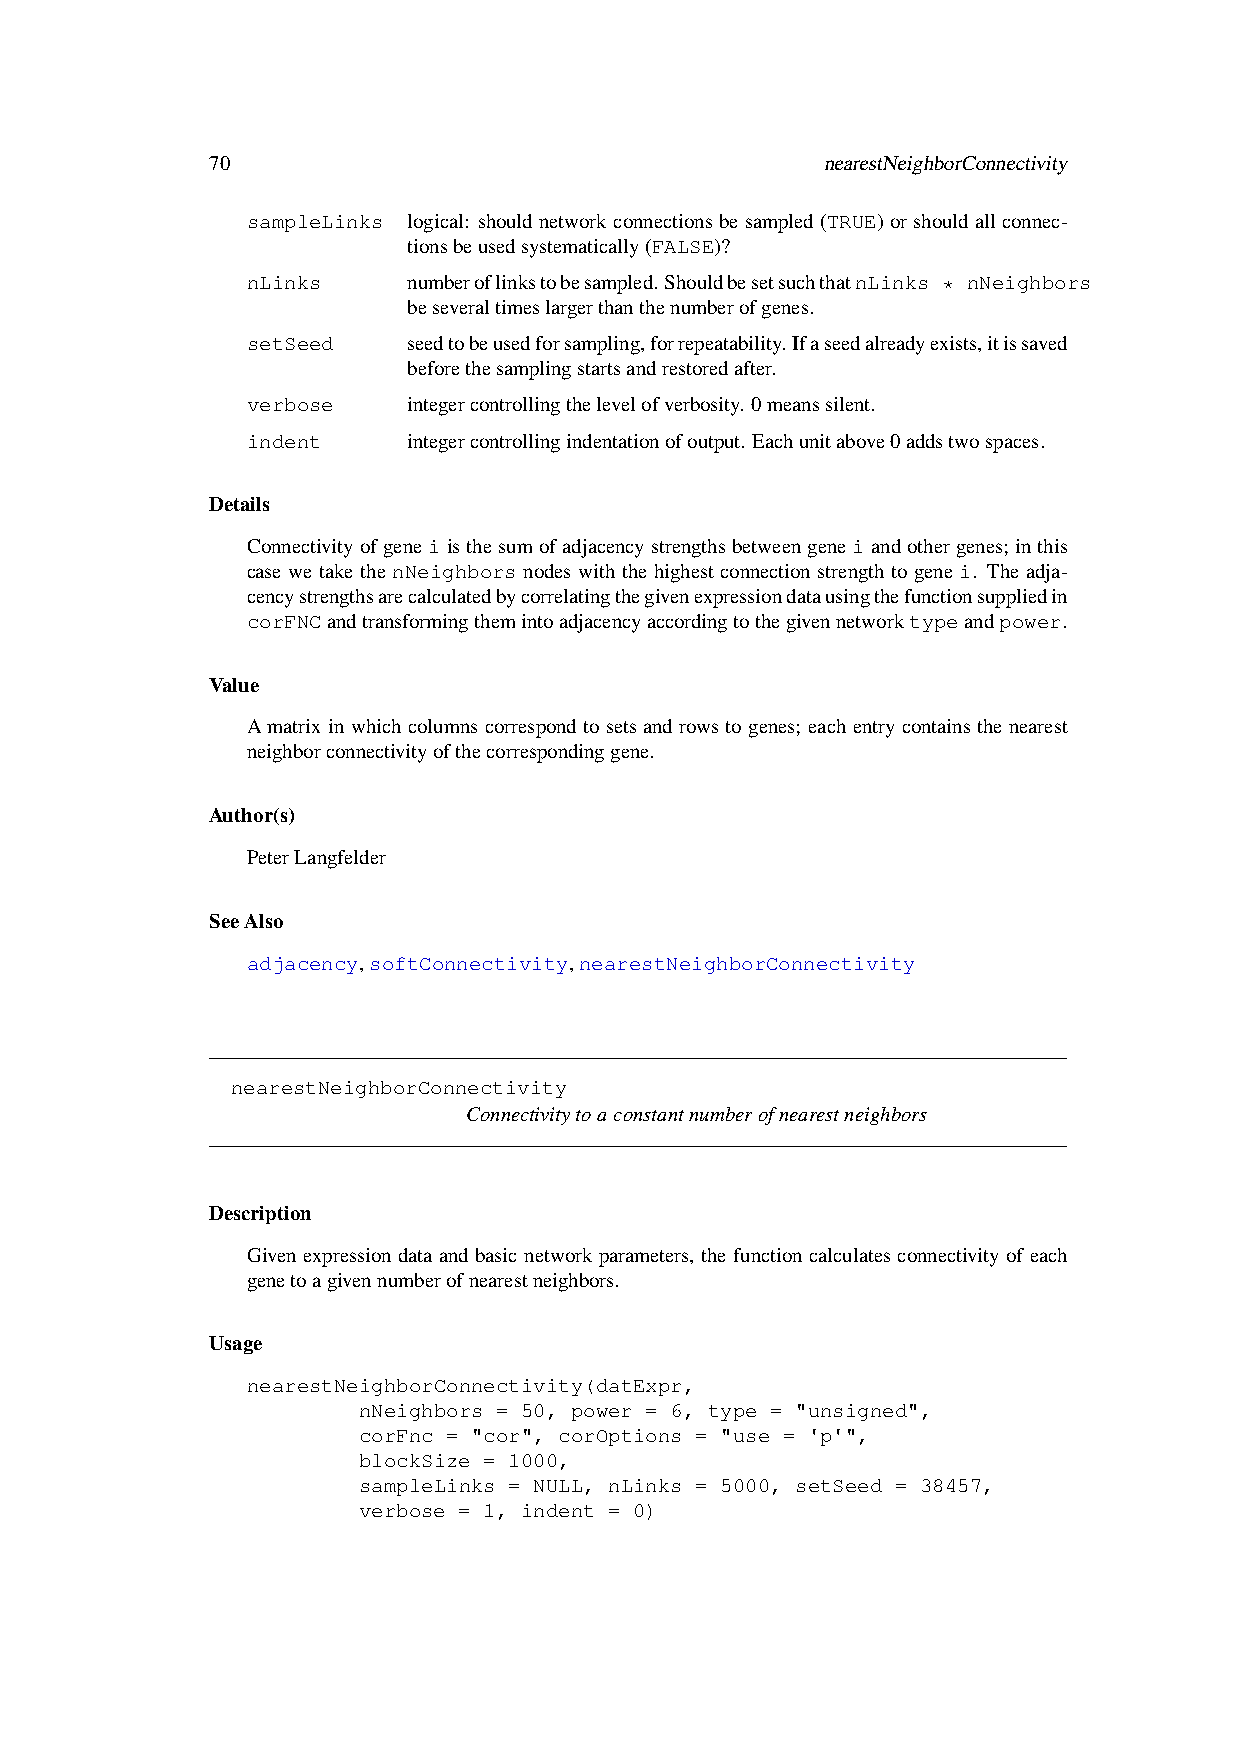
70                                      nearestNeighborConnectivity
 sampleLinks logical: shouldnetworkconnectionsbesampled(TRUE)orshouldallconnec-
 tionsbeusedsystematically(FALSE)?
 nLinks     numberoflinkstobesampled.ShouldbesetsuchthatnLinks * nNeighbors
 beseveraltimeslargerthanthenumberofgenes.
 setSeed    seedtobeusedforsampling,forrepeatability.Ifaseedalreadyexists,itissaved
 beforethesamplingstartsandrestoredafter.
 verbose    integercontrollingthelevelofverbosity. 0meanssilent.
 indent     integercontrollingindentationofoutput. Eachunitabove0addstwospaces.
 Details
 Connectivityofgeneiisthesumofadjacencystrengthsbetweengeneiandothergenes; inthis
 case we take the nNeighbors nodes with the highest connection strength to gene i. The adja-
 cencystrengthsarecalculatedbycorrelatingthegivenexpressiondatausingthefunctionsuppliedin
 corFNCandtransformingthemintoadjacencyaccordingtothegivennetworktypeandpower.
 Value
 A matrix in which columns correspond to sets and rows to genes; each entry contains the nearest
 neighborconnectivityofthecorrespondinggene.
 Author(s)
 PeterLangfelder
 SeeAlso
 adjacency,softConnectivity,nearestNeighborConnectivity
 nearestNeighborConnectivity
 Connectivitytoaconstantnumberofnearestneighbors
 Description
 Given expression data and basic network parameters, the function calculates connectivity of each
 genetoagivennumberofnearestneighbors.
 Usage
 nearestNeighborConnectivity(datExpr,
 nNeighbors = 50, power = 6, type = "unsigned",
 corFnc = "cor", corOptions = "use = 'p'",
 blockSize = 1000,
 sampleLinks = NULL, nLinks = 5000, setSeed = 38457,
 verbose = 1, indent = 0)